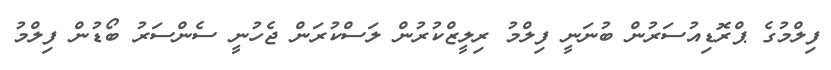
ފިލްމުގެ ޕްރޮޑިއުސަރުން ބުނަނީ ފިލްމު ރިލީޒްކުރުން ލަސްކުރަން ޖެހުނީ ސެންސަރު ބޯޑުން ފިލްމު